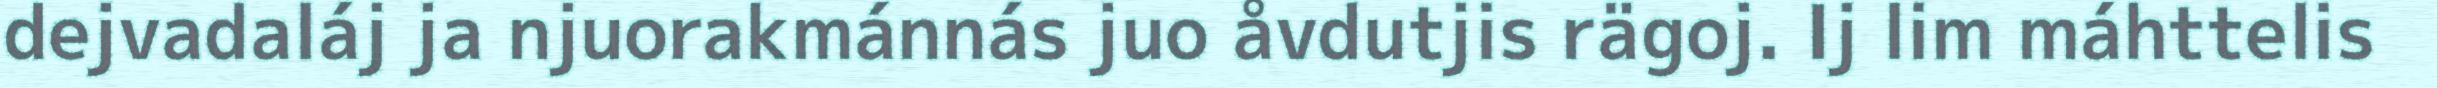
dejvadaláj ja njuorakmánnás juo åvdutjis rägoj. Ij lim máhttelis